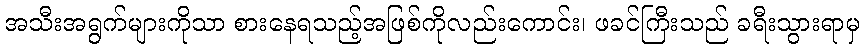
အသီးအရွက်များကိုသာ စားနေရသည့်အဖြစ်ကိုလည်းကောင်း၊ ဖခင်ကြီးသည် ခရီးသွားရာမှ